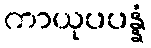
ကာယုပပန္နံ